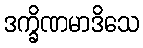
ဒက္ခိဏမာဒိသေ